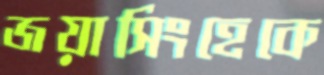
জয়াসিংহেকে